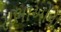
સભાઓના